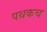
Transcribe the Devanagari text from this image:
पथकच